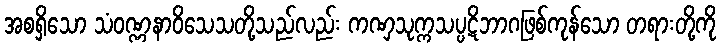
အစရှိသော သံဝဏ္ဏနာဝိသေသတို့သည်လည်း ကဏှသုက္ကသပ္ပဋိဘာဂဖြစ်ကုန်သော တရားတို့ကို